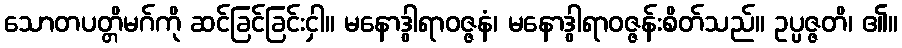
သောတပတ္တိမဂ်ကို ဆင်ခြင်ခြင်းငှါ။ မနောဒွါရာဝဇ္ဇနံ၊ မနောဒွါရာဝဇ္ဇန်းစိတ်သည်။ ဥပ္ပဇ္ဇတိ၊ ၏။